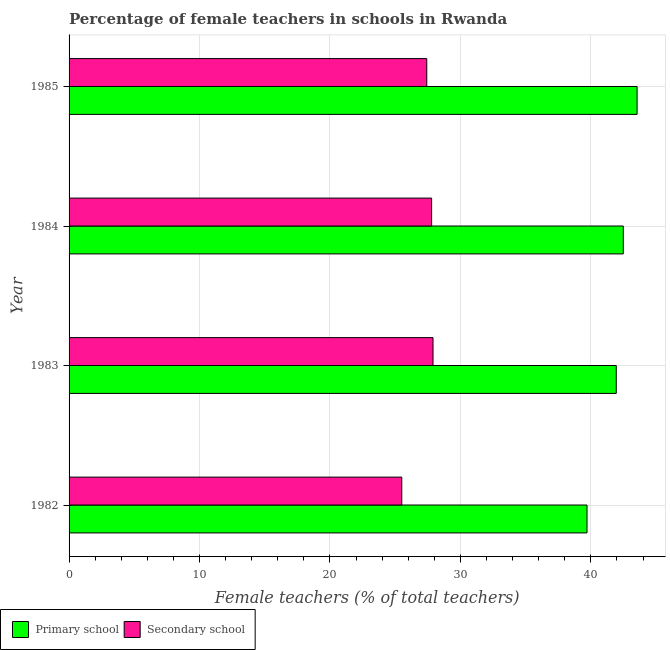
| Year | Primary school | Secondary school |
 | --- | --- | --- |
 | 1982 | 39.7 | 25.5 |
 | 1983 | 41.9 | 27.9 |
 | 1984 | 42.5 | 27.8 |
 | 1985 | 43.5 | 27.4 |